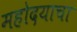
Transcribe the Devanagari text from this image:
महोदयाचा